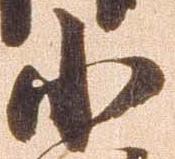
小